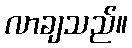
လာချသည်။